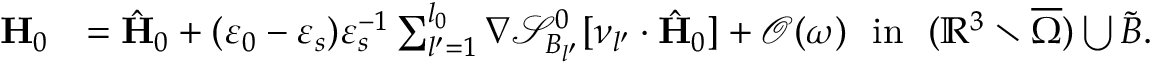
\begin{array} { r l } { \mathbf { H } _ { 0 } } & { = \hat { \mathbf { H } } _ { 0 } + ( \varepsilon _ { 0 } - \varepsilon _ { s } ) \varepsilon _ { s } ^ { - 1 } \sum _ { l ^ { \prime } = 1 } ^ { l _ { 0 } } \nabla \mathcal { S } _ { B _ { l ^ { \prime } } } ^ { 0 } [ \nu _ { l ^ { \prime } } \cdot \hat { \mathbf { H } } _ { 0 } ] + \mathcal { O } ( \omega ) \ \ \mathrm { i n } \ \ ( \mathbb { R } ^ { 3 } \setminus \overline { \Omega } ) \bigcup \tilde { B } . } \end{array}